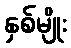
နှစ်မျိုး